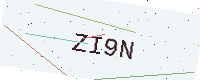
Text: ZI9N